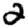
Digit: 2